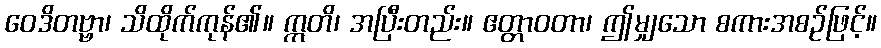
ဝေဒိတဗ္ဗာ၊ သိထိုက်ကုန်၏။ ဣတိ၊ အပြီးတည်း။ ဧတ္တာဝတာ၊ ဤမျှသော စကားအစဉ်ဖြင့်။